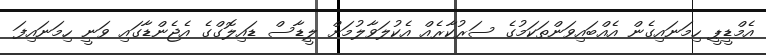
އެމްޑީޕީ ހިމަނައިގެން އެއްބައިވަންތަކަމުގެ ސަރުކާރެއް އެކުލަވާލުމަށް ލީޑާސް ޑައިލޮގްގެ އެޖެންޑާގައި ވަނީ ހިމަނައިފަ